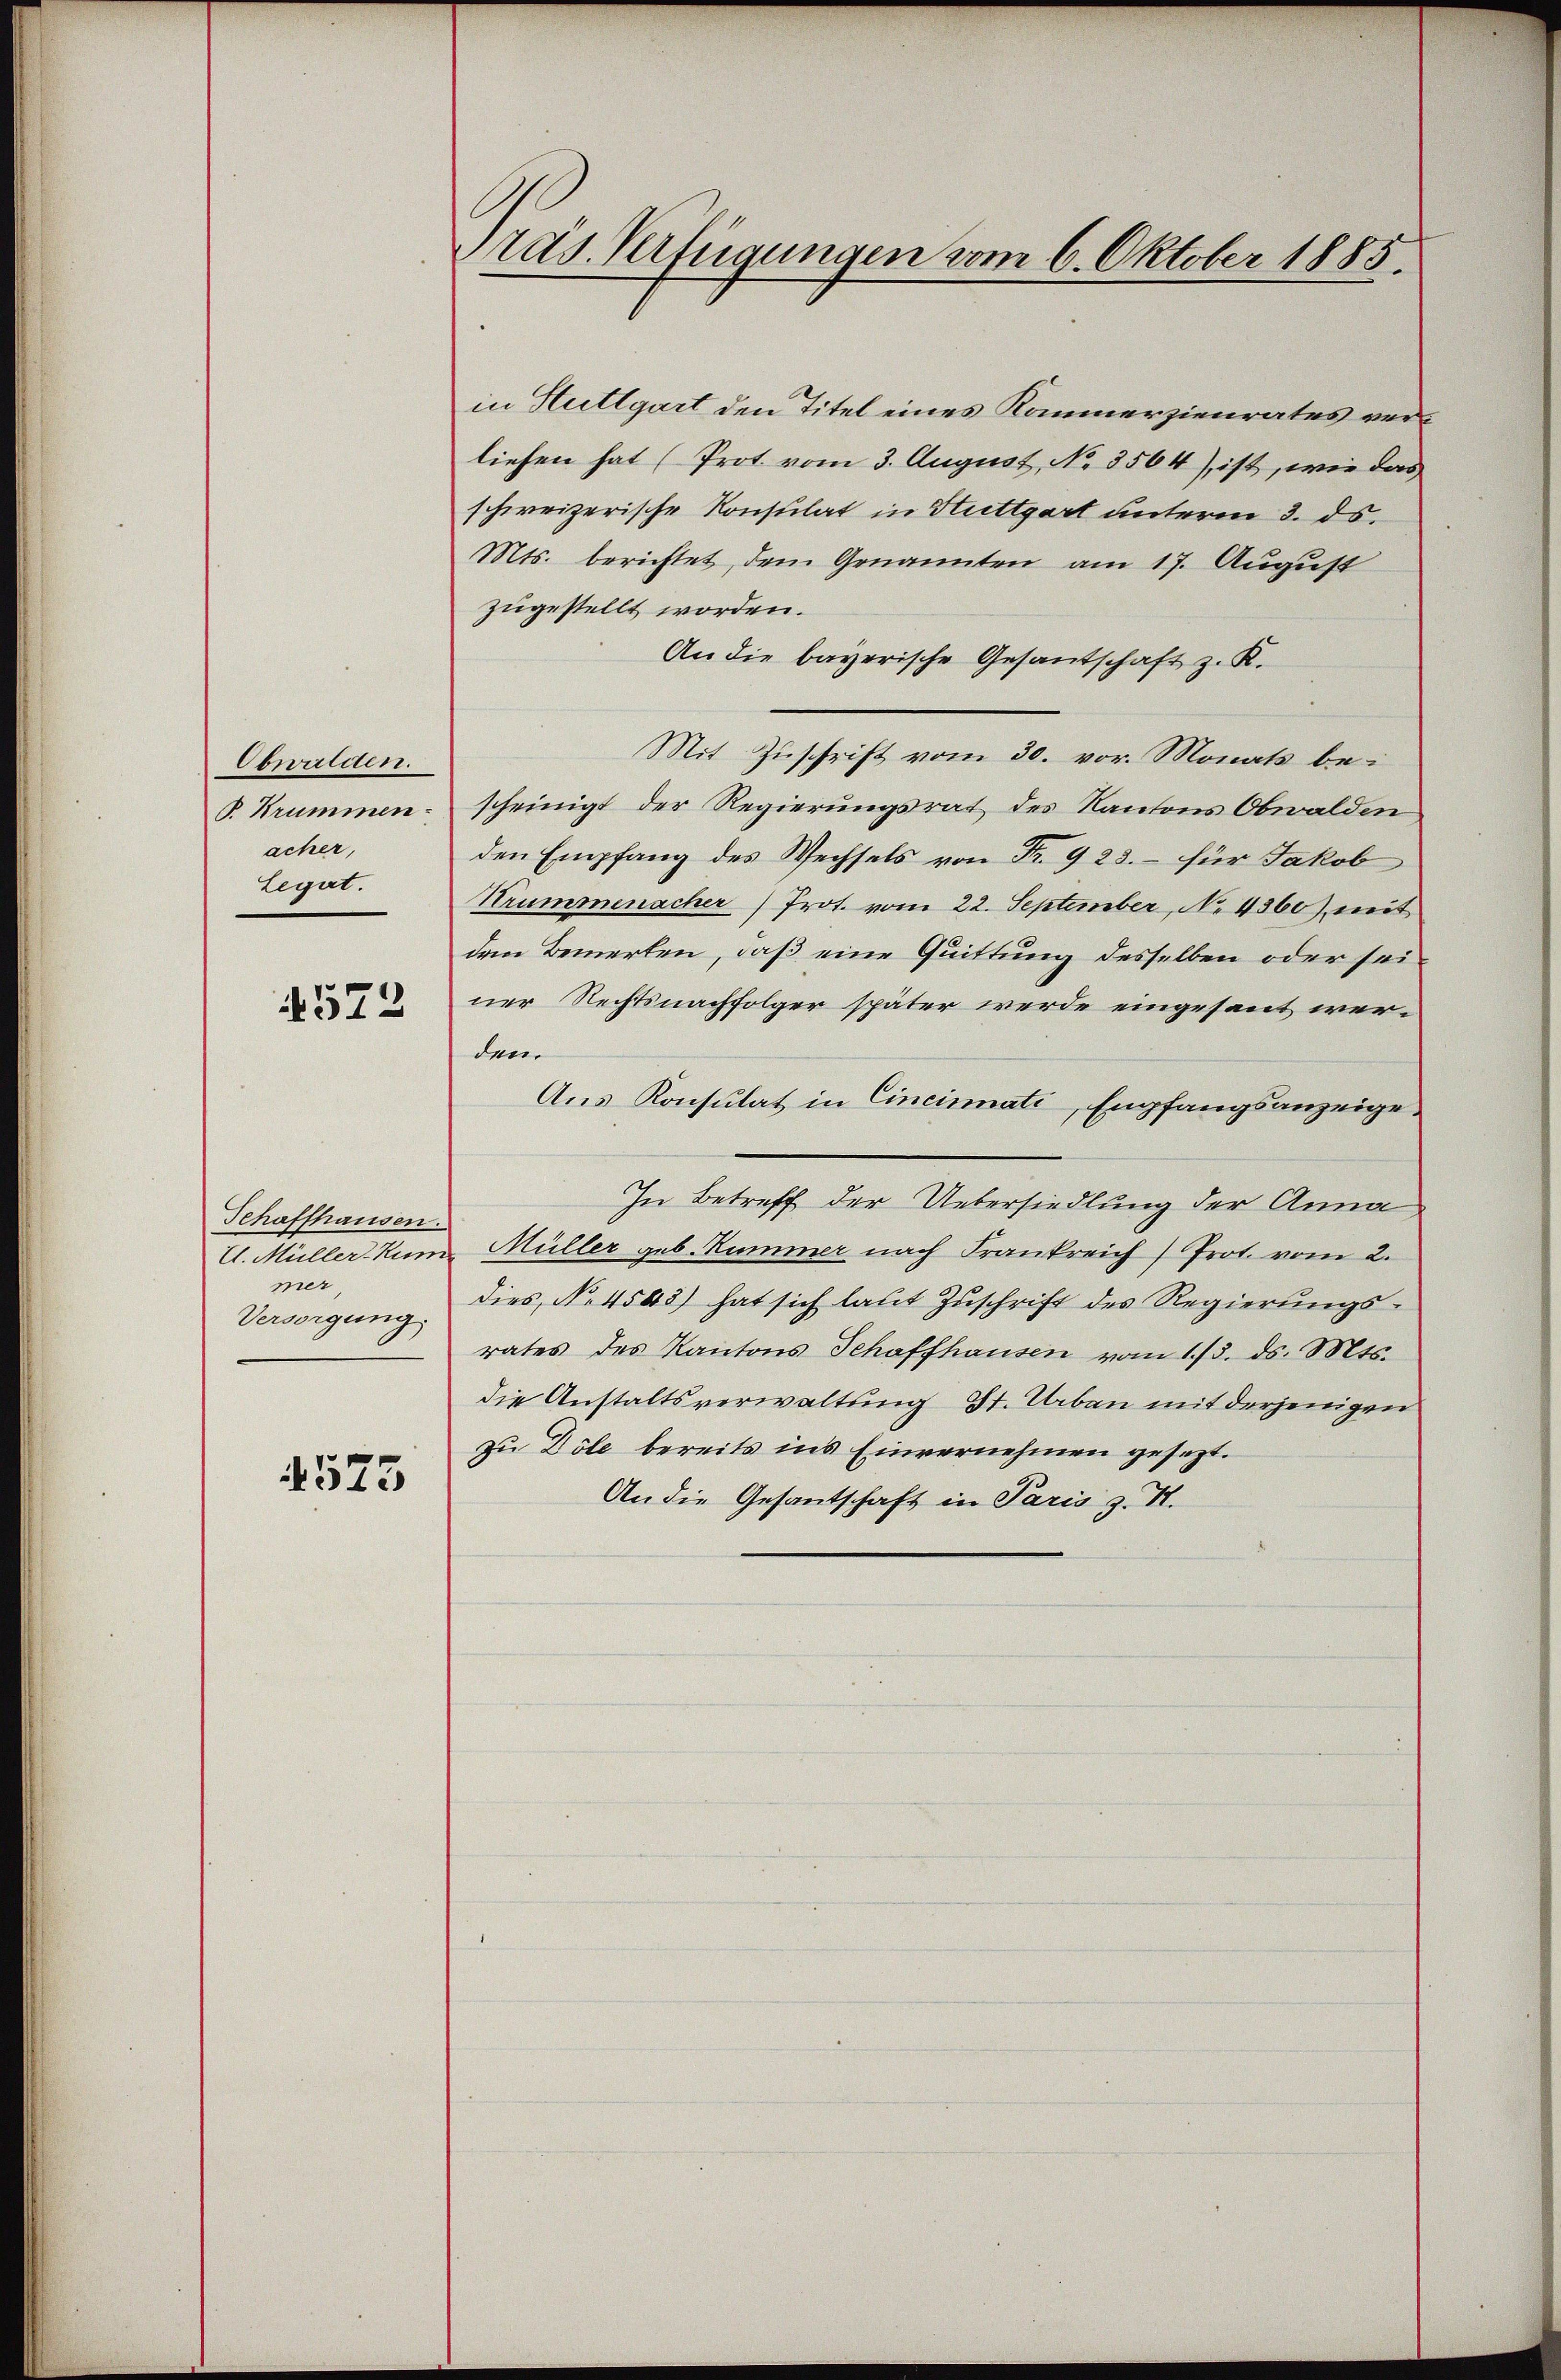
Obwalden.
P. Krummen.
acher,
Legat.

1572

Schaffhausen.
A. Müller-Kum
mer,
Versorgung

573

Präs. Verfügungen vom 6. Oktober 1885.

in Stuttgart den Titel eines Kommerzienrates verliefen hat (Prot. vom 3. August, No. 3564), ist, wie das
schweizerische Konsulat in Stuttgart unterm 3. ds.
Mts. berichtet, dem Genannten am 17. August
zugestellt worden.
An die bayerische Gesantschaft z. K.
Mit Zuschrift vom 30. vor. Monats bescheinigt der Regierungsrat des Kantons Obwalden
den Empfang des Wechsels von Fr. 9 23. – für Jakob
Krummenacher Prot. vom 22. September, No 4360) mit
dem Bemerken, daß eine Quittung desselben oder seiner Rechtsnachfolger später werde eingesant werdem
Aus Konsulat in Cincinati, Empfangsanzeige
In Betreff der Uebersiedlung der Anna,
Müller geb. Kummer nach Frankreich Prot. vom 2.
dies, No 4503) hat sich laut Zuschrift des Regierungs-
rates des Kantons Schaffhausen vom 1/3. ds. Mts.
die Anstaltsverwaltung St. Urban mit derjenigen
zu Döle bereits ins Einvernehmen gesezt.
An die Gesantschaft in Paris z. S.